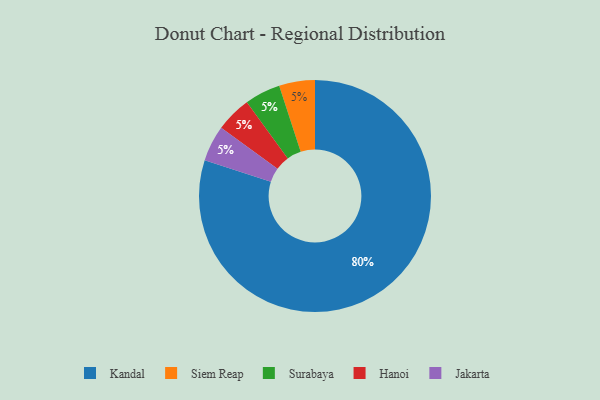
{"axis": {"x": "Category", "y": "Percentage"}, "legend": ["Hanoi", "Jakarta", "Kandal", "Siem Reap", "Surabaya"], "data": [{"x": "Siem Reap", "y": 5, "type": "Siem Reap"}, {"x": "Surabaya", "y": 5, "type": "Surabaya"}, {"x": "Kandal", "y": 80, "type": "Kandal"}, {"x": "Hanoi", "y": 5, "type": "Hanoi"}, {"x": "Jakarta", "y": 5, "type": "Jakarta"}]}